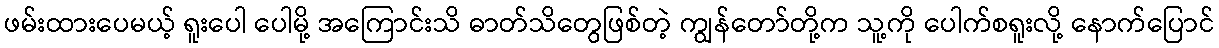
ဖမ်းထားပေမယ့် ရူးပေါ ပေါမို့ အကြောင်းသိ ဓာတ်သိတွေဖြစ်တဲ့ ကျွန်တော်တို့က သူ့ကို ပေါက်စရူးလို့ နောက်ပြောင်